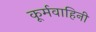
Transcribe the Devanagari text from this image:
कूर्मवाहिनी